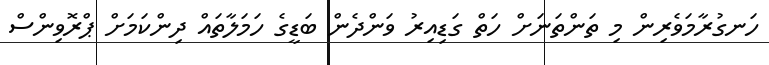
ހަނގުރާމަވެރިން މި ތަންތަނަށް ހަތް ގަޑިއިރު ވަންދެން ބަޑީގެ ހަމަލާތައް ދިންކަމަށް ޕްރޮވިންސް